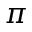
\pi